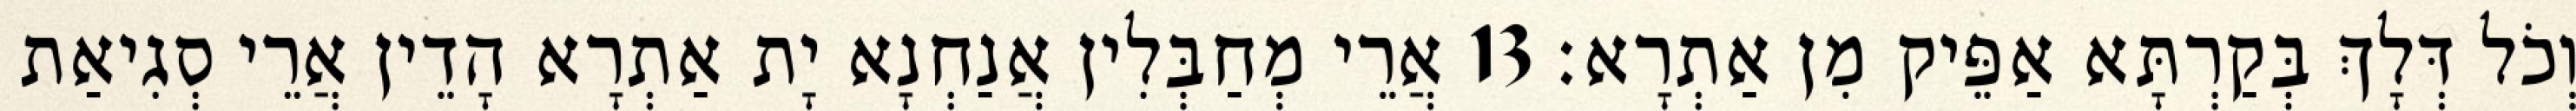
וְכֹל דְּלָךְ בְּקַרְתָּא אַפֵּיק מִן אַתְרָא׃ 13 אֲרֵי מְחַבְּלִין אֲנַחְנָא יָת אַתְרָא הָדֵין אֲרֵי סְגִיאַת